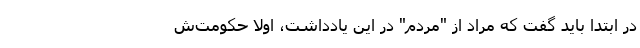
در ابتدا باید گفت که مراد از "مردم" در این یادداشت، اولاً حکومت‌ش